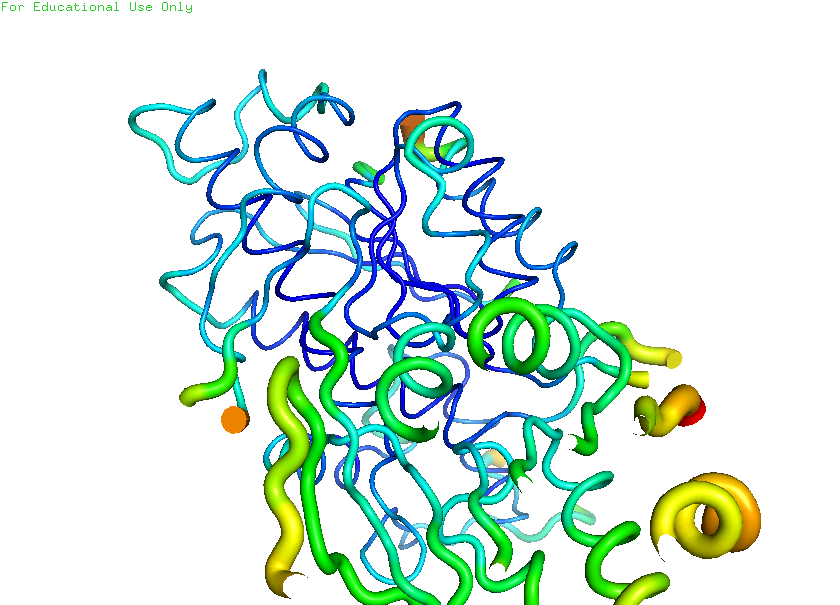
pymol, preset, b_factor_putty